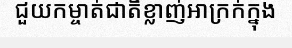
ជួយកម្ចាត់ជាតិខ្លាញ់អាក្រក់ក្នុង